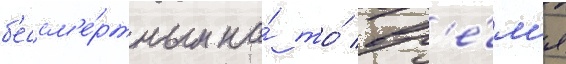
б'ессм'е́ртным на́ то́ вр'е́м'я